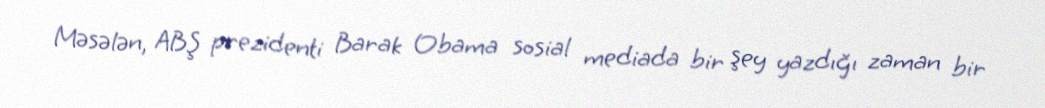
Məsələn, ABŞ prezidenti Barak Obama sosial mediada bir şey yazdığı zaman bir